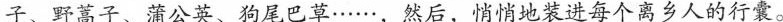
子、野蒿子、蒲公英、狗尾巴草……，然后，悄悄地装进每个离乡人的行囊。